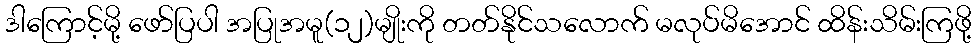
ဒါကြောင့်မို့ ဖော်ပြပါ အပြုအမူ(၁၂)မျိုးကို တတ်နိုင်သလောက် မလုပ်မိအောင် ထိန်းသိမ်းကြဖို့